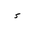
Letter: _hamza